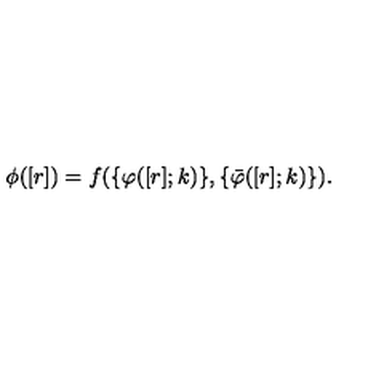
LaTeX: \phi ( [ r ] ) = f ( \{ \varphi ( [ r ] ; k ) \} , \{ \bar { \varphi } ( [ r ] ; k ) \} ) .